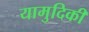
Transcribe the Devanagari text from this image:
यामुदिकी